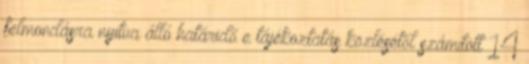
felmondásra nyitva álló határidő e tájékoztatás közlésétől számított 14